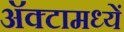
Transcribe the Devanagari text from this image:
अॅक्टामध्यें